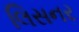
લિસનર